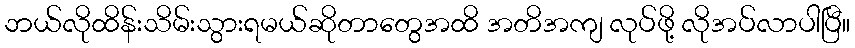
ဘယ်လိုထိန်းသိမ်းသွားရမယ်ဆိုတာတွေအထိ အတိအကျ လုပ်ဖို့ လိုအပ်လာပါပြီ။